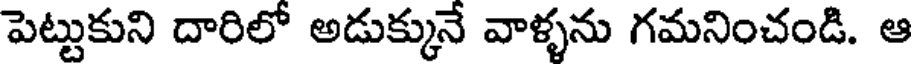
పెట్టుకుని దారిలో అడుక్కునే వాళ్ళను గమనించండి. ఆ